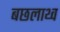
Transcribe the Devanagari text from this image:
बछलाथ्व